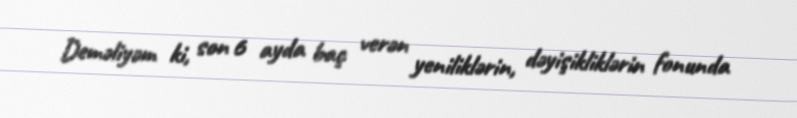
Deməliyəm ki, son 6 ayda baç verən yeniliklərin, dəyişikliklərin fonunda